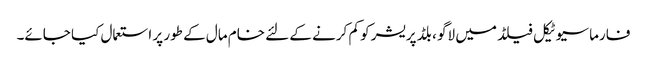
فارماسیوٹیکل فیلڈ میں لاگو ، بلڈ پریشر کو کم کرنے کے لئے خام مال کے طور پر استعمال کیا جائے۔